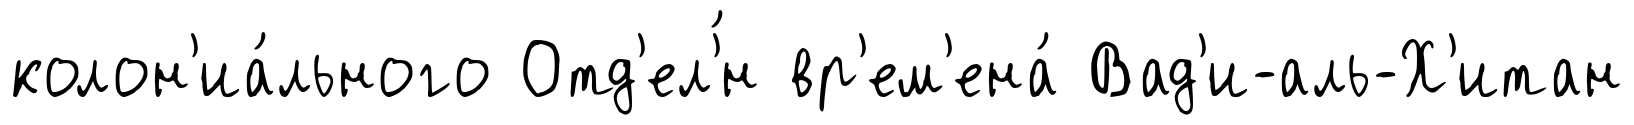
колон'иа́льного Отд'ел'́н вр'ем'ена́ Вад'и-аль-Х'итан